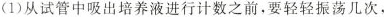
(1)从试管中吸出培养液进行计数之前，要轻轻振荡几次，